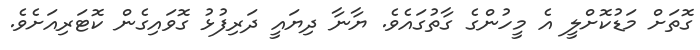
ގޮތަށް މަޑުކޮށްލީ އެ މީހުންގެ ގާތުގައެވެ. ޔާނާ ދިޔައީ ދަރިފުޅު ގޮވައިގެން ކޮޓަރިއަށެވެ.